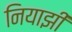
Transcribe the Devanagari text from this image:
नियाझी